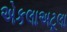
એકલાઅટૂલા